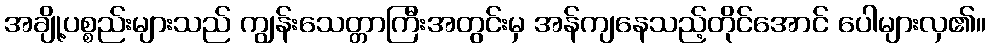
အချို့ပစ္စည်းများသည် ကျွန်းသေတ္တာကြီးအတွင်းမှ အန်ကျနေသည့်တိုင်အောင် ပေါများလှ၏။